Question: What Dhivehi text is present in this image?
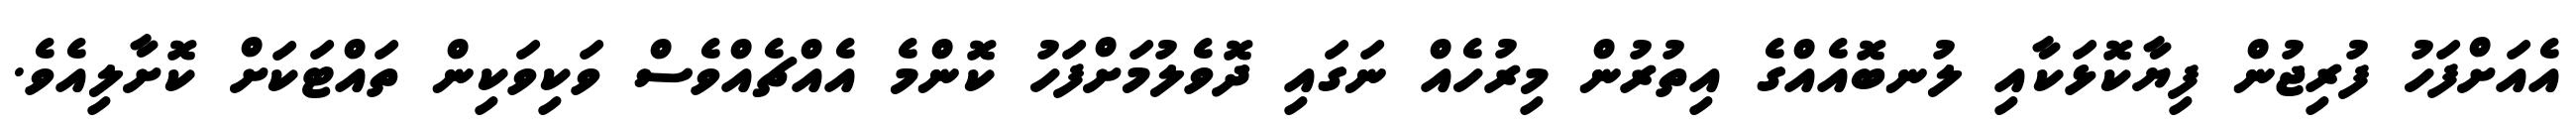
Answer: އެއަށްފަހު ފުރިޖުން ފިޔާކޮޅަކާއި ލުނބޮއެއްގެ އިތުރުން މިރުހެއް ނަގައި ދޮވެލުމަށްފަހު ކޮންމެ އެއްޗެއްވެސް ވަކިވަކިން ތައްޓަކަށް ކޮށާލިއެވެ.